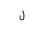
Letter: _lam